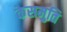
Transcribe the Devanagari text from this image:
केसमुति